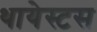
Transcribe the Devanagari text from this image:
थायेस्टस